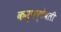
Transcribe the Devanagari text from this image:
कम्फर्टेबली